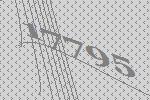
17795